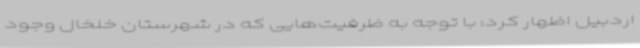
اردبیل اظهار کرد:‌ با توجه به ظرفیت‌هایی که در شهرستان خلخال وجود